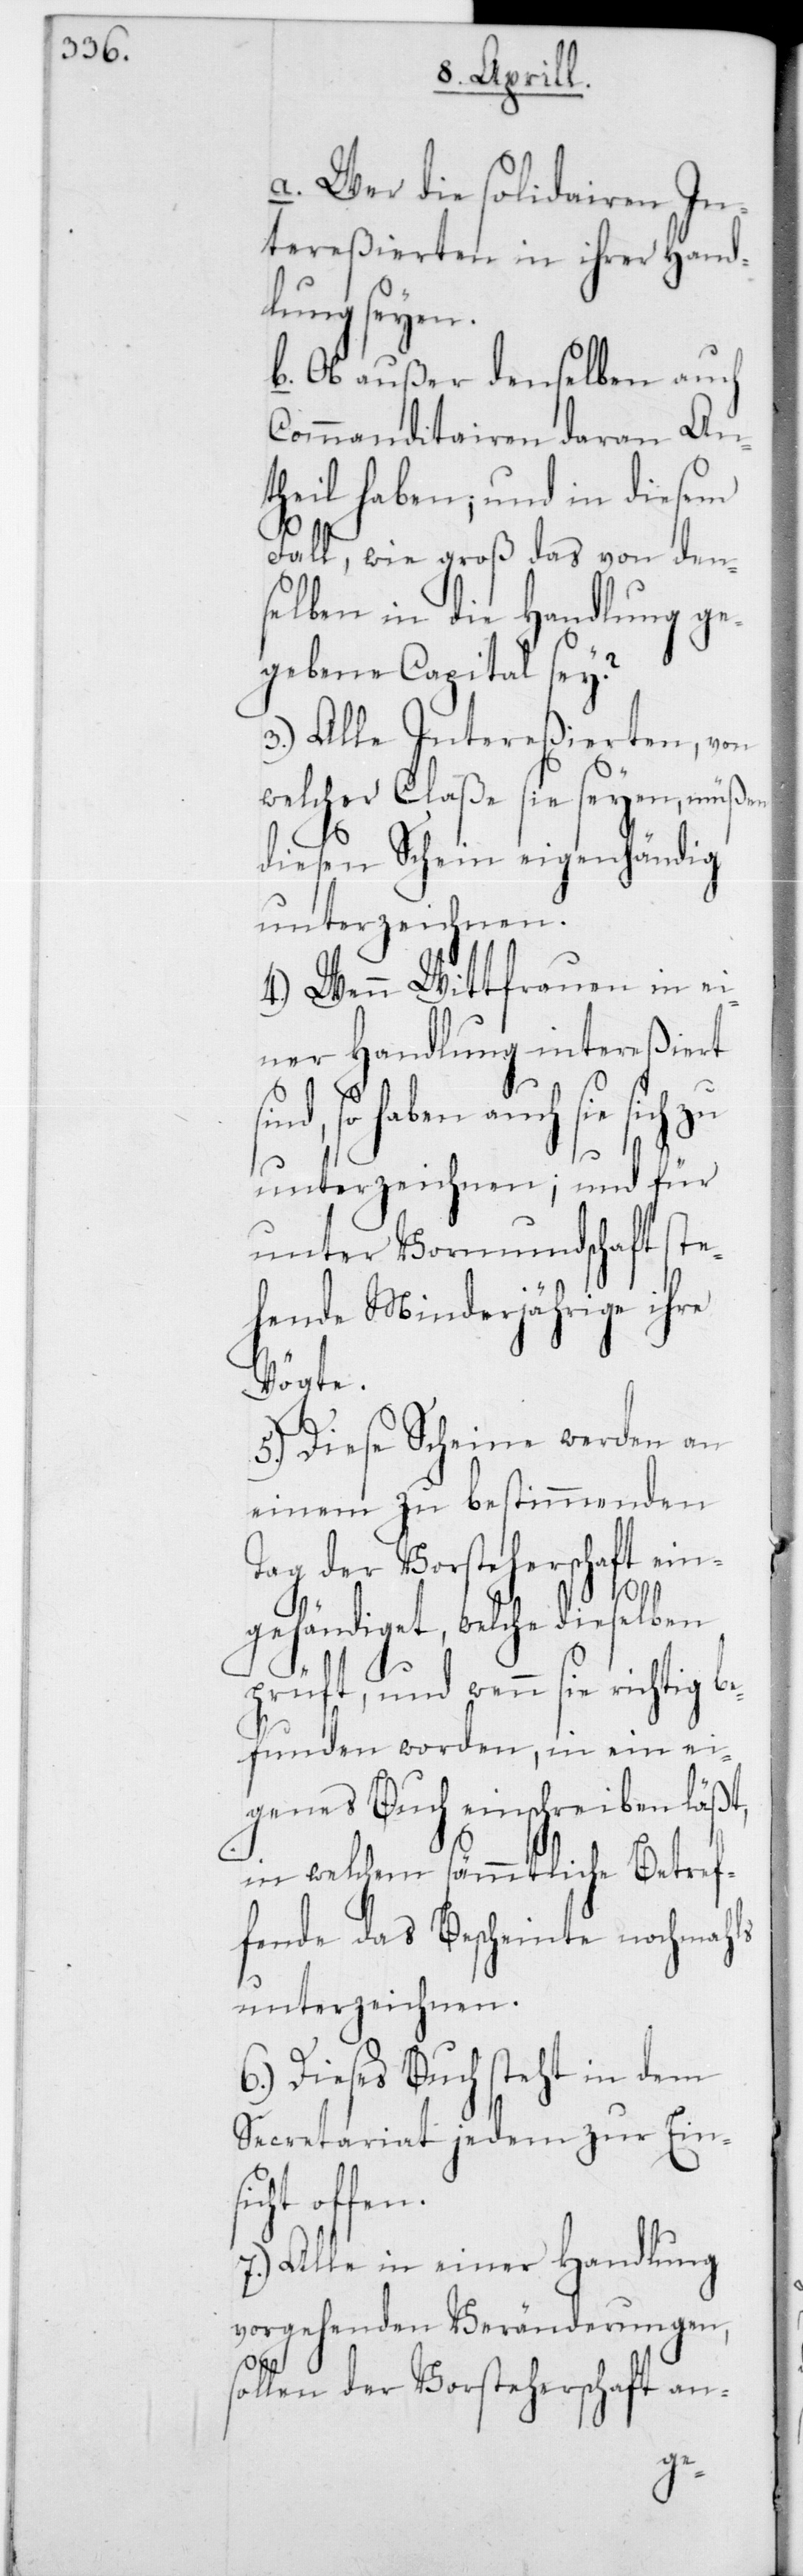
a. Wer die solidairen In¬
tereßierten in ihrer Hand¬
lung seyen;
b. Ob außer denselben auch
Commanditairen daran An¬
theil haben; und in diesem
Fall, wie groß das von den¬
selben in die Handlung ge¬
gebene Capital sey?
3.) Alle Intereßierten, von
welcher Claße sie seyen, müßen
diesen Schein eigenhändig
unterzeichnen.
4.) Wenn Witfrauen in ei¬
ner Handlung intereßiert
ind, so haben auch sie sich zu
unterzeichnen; und für
unter Vormundschaft ste¬
hende Minderjährige ihre
Vögte.
en.
5.) Diese Scheine werden an
einem zu bestimmenden
Tag der Vorsteherschaft ein¬
gehändiget, welche dieselben
prüft, und wenn sie richtig be¬
funden worden, in ein ei¬
genes Buch einschreiben läßt,
in welchem sämmtliche Betref¬
fende das Bescheinte nochmahls
unterzeichnen.
6.) Dieses Buch steht in dem
Secretariat jedem zur Eins¬
icht off¬
7.) Alle in einer Handlung
vorgehenden Veränderungen,
sollen der Vorsteherschaft an-